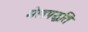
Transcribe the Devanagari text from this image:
मेलपद्धति